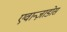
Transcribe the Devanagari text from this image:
एवान्ज़ाडोस